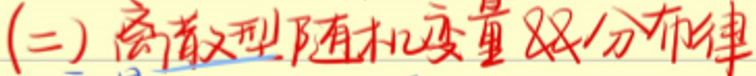
(二)离散型随机变量及其分布列